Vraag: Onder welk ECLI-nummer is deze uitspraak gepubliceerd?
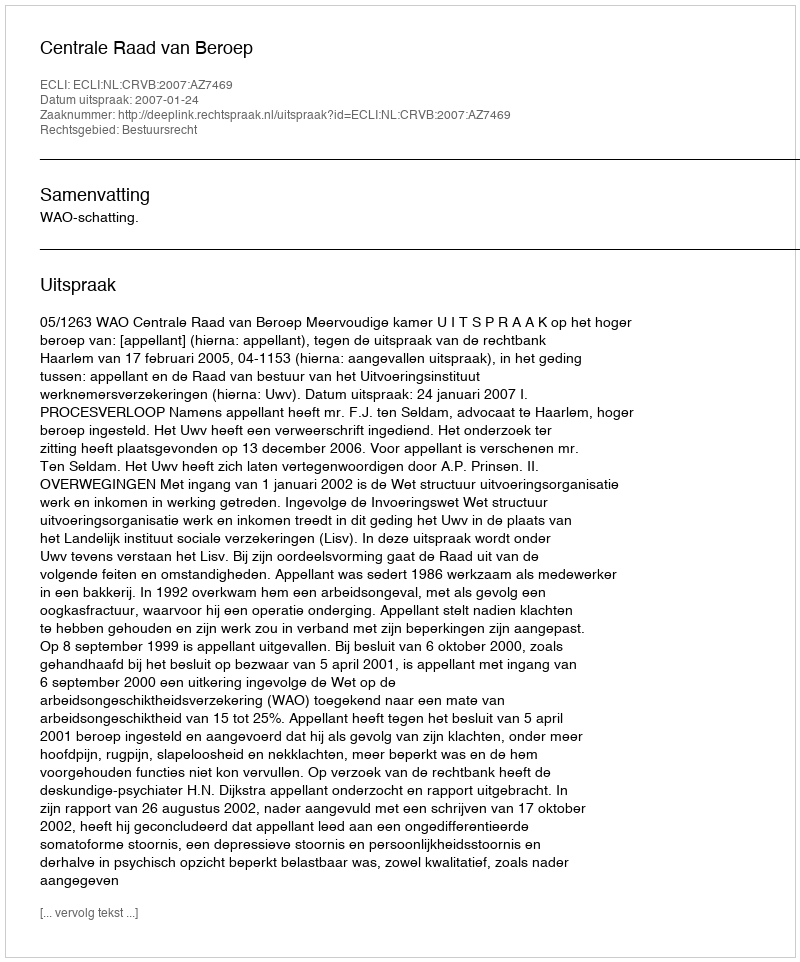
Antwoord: ECLI:NL:CRVB:2007:AZ7469